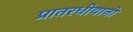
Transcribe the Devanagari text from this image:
प्रातरधीयानो